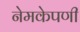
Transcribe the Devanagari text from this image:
नेमकेपणी